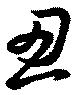
思